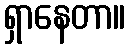
ရှာနေတာ။